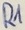
Text: R1